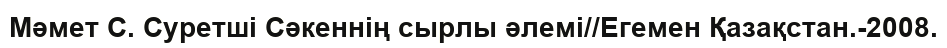
Мәмет С. Суретші Сәкеннің сырлы әлемі//Егемен Қазақстан.-2008.